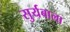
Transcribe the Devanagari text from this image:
सुर्यबाला